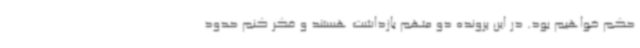
حکم خواهیم بود. در این پرونده دو متهم بازداشت هستند و فکر کنم حدود